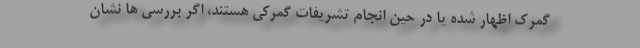
گمرک اظهار شده یا در حین انجام تشریفات گمرکی هستند، اگر بررسی ها نشان